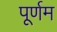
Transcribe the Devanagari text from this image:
पूर्णम